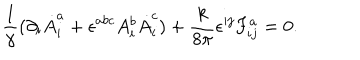
\frac { 1 } { \gamma } ( \partial _ { i } \dot { A } _ { i } ^ { a } + \epsilon ^ { a b c } A _ { i } ^ { b } \dot { A } _ { i } ^ { c } ) + \frac { k } { 8 \pi } \epsilon ^ { i j } F _ { i j } ^ { a } = 0 .